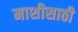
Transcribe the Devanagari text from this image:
माशीसाठी